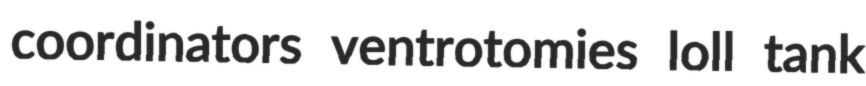
coordinators ventrotomies loll tank